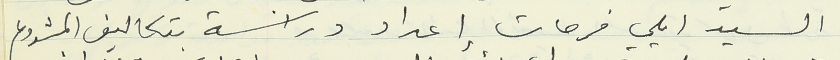
السيد ايلي فرحات إعداد دراسة بتكاليف المشروع